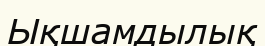
Ықшамдылық